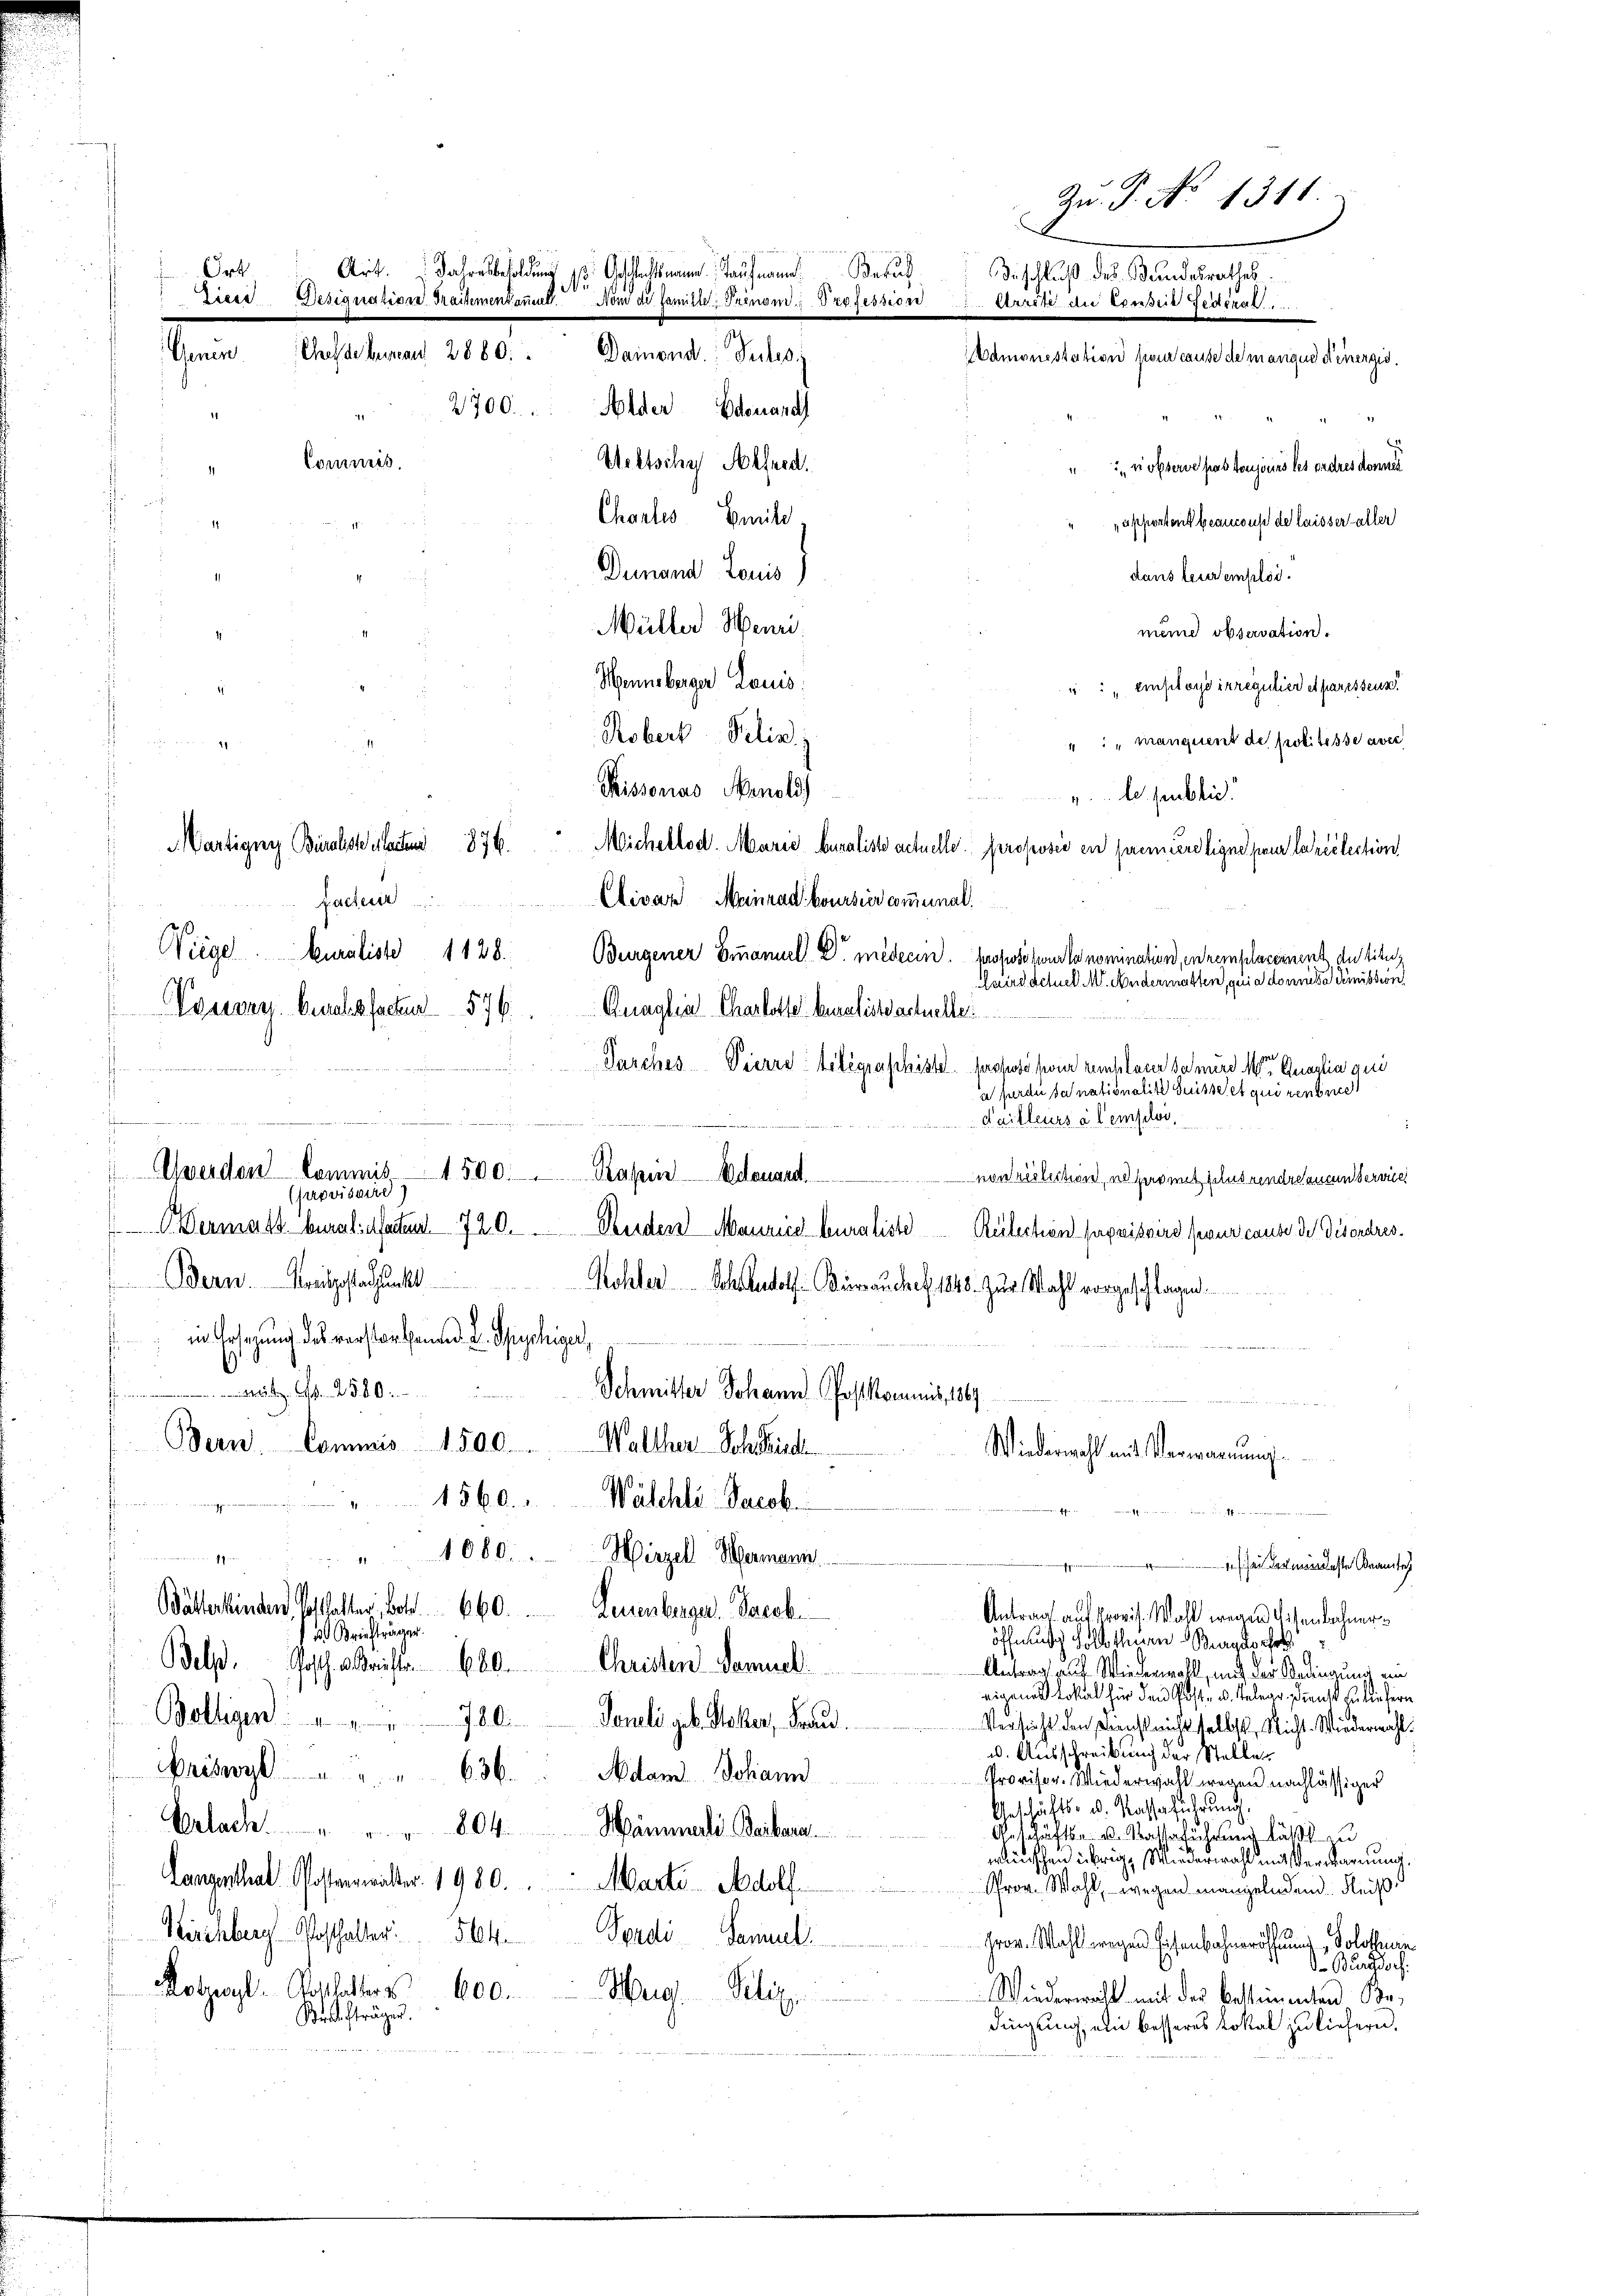
Commis

Zu. P. No 1311.
Ort.
Art. Jahresbesoldung s. Geschlechtsmann Kaufmann. Beruf
Beschluß des Bundesrathes.
Diese Bisignation dassementaum. Vom de familie-Irinom. Profession
eir die Einser Federat
Chelde bureau 2880:
Gener.
Damond. Suches.
amonestation pour cause de manque denergis

2700.

1. Partigung Bialse seiten  876.
Pacter
Wiege. Muralist 1128.
Vouvry Bruchsfacte 57

Uwerden Commis 1500.
provisoire)
Dermass berali statten 720.
Bern. Kaufgestandpunkt
in Ersezung des verstorbenen L. Suphig
ctz No. 2500.
Bern. Commis 1500.
1560.
1080.

Bätterkinden Vollhalter, Bot 60.
 Briefträger.
Belp. Posch Krister. Abe
Bolligen 780.
riswy
804
Artach
Langenthal Postanwalter. 1980.
Kirchberg Posthalter 54
Motzwyl Gotthalter 600.
Krefträgen.

Alder Edenand

Urltschy Alfred
nobserve pas toujours les ordres donne
Chartes Emili
apportens beantus de laisser aller
Dunand Louis
dans leuremploi.
Müller Meuri
meine observation.
Mennsberger Lauis
u: „Employss irregulier et paressens
Robert Pelin z
": "manquent de politesse aver
Pissonias Menold
v. de public
Michellod. Marie buraliste actuelle proposer en prennereligne pour la réélection
Clivar Meinrad bourseer communal.
Burgener Emanuel Dr. medecin. Propose pour la nomination, in remplarerent du tit.
Cairs actuell M. Andermatten, qui a donnere Remission
Quaglia Charlotte beraliste actuelle

Jarches Vierre telegraphistet. Propose pour remplarer samere Mater Quartia gen
u ferde sa nationalite Guisse et qui rendrech
dailleurs à tempelos.
Rassen. Eduard
non respection, notar mit filus rendre aucun service
Senden Maurice Curaliste Relectien provisoire sur cause de disordres¬
Kohler Schadolf Bierrauchet, 1848. zur Wahl vorgeschlagen.
Schmitter Johann Post kommis, 1849
Walther Schmid
Wiederwahl mit Verwarnung
Wäschli Jacob.
Wirzel Hermann.
Ege
1 sei der mindeste Beamtes
Leuenburgerl. Pasch.
Antrag auf Provis. Wahl wegen Eisenbahneröffnung halbthurn Mangeschl
Christen Samuel
Antrag auf Wiederwall, mit der Bedingung ein
eigenes Lokal für den Geste u. Telege, und zu liefern
Poueli geb. Stoker, Frau
Versicht den Dienstricht stellt Nicht. Wiedermahl
a. Ausschreibung der Stellen
Adam Johann
Provisor. Wiederwahl wegen nachlässiger
Geschäfts- u. Kassaführung,
Hämmerli Barbara.
Geschäfte u. Watte führung läßt u
wünschen übrige Wiederwahl mit Verwarnung,
Marte Adolf
Prov. Wahl, wegen mangelndend. Reiß
Spadi Sannul
Gron. Wahlt wegen Eisenbahneröffnung, Solothurn
d. Burgdorf.
Hug. Pelix
Wiederwehl mit der bestimmten Bedingung, ein besseres Lokal zu liefern.